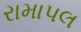
રામાપલ